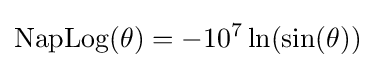
\mathrm {NapLog} (\theta )=-10^{7}\ln(\sin(\theta ))